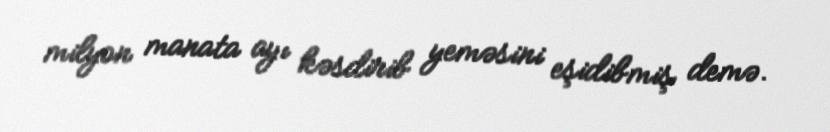
milyon manata ayı kəsdirib yeməsini eşidibmiş demə.